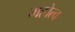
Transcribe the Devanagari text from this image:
महोत्व